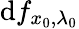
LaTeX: {\textrm{d}}f_{x_{0},\lambda_{0}}